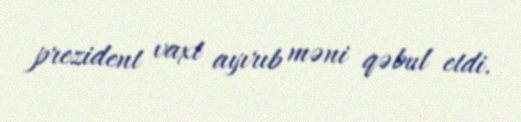
prezident vaxt ayırıb məni qəbul etdi.